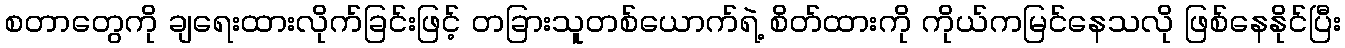
စတာတွေကို ချရေးထားလိုက်ခြင်းဖြင့် တခြားသူတစ်ယောက်ရဲ့ စိတ်ထားကို ကိုယ်ကမြင်နေသလို ဖြစ်နေနိုင်ပြီး